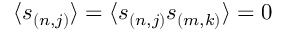
\langle s _ { ( n , j ) } \rangle = \langle s _ { ( n , j ) } s _ { ( m , k ) } \rangle = 0